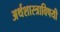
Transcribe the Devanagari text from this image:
अर्थशास्त्राविषयी